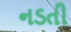
નડતી